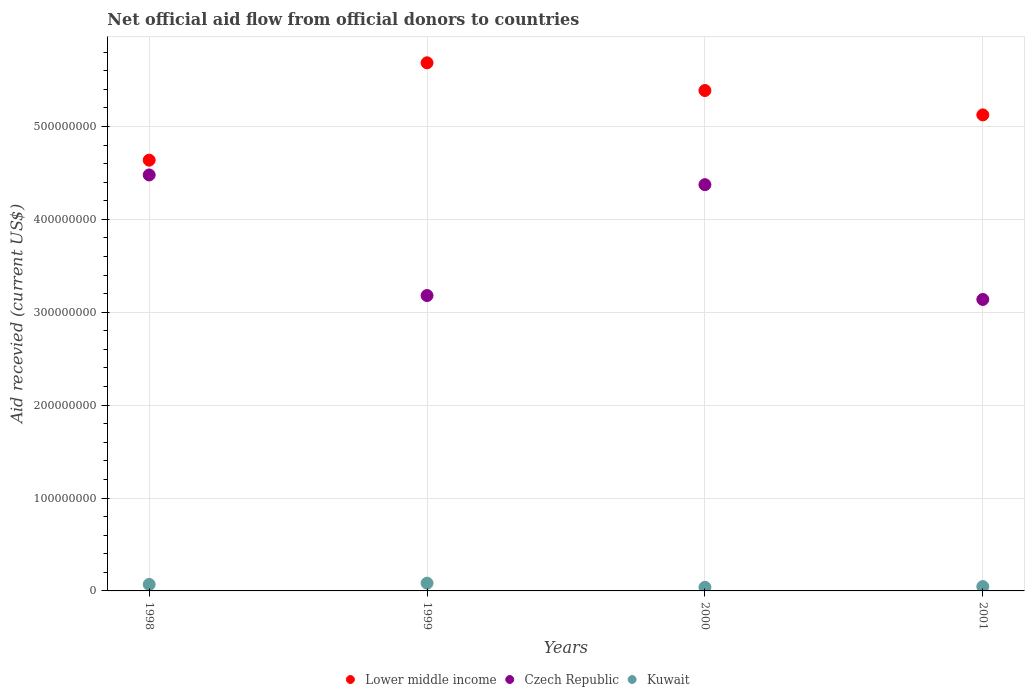
| Years | Lower middle income | Czech Republic | Kuwait |
 | --- | --- | --- | --- |
 | 1998 | 4.64e+08 | 4.48e+08 | 6.99e+06 |
 | 1999 | 5.69e+08 | 3.18e+08 | 8.33e+06 |
 | 2000 | 5.39e+08 | 4.37e+08 | 3.89e+06 |
 | 2001 | 5.12e+08 | 3.14e+08 | 4.69e+06 |